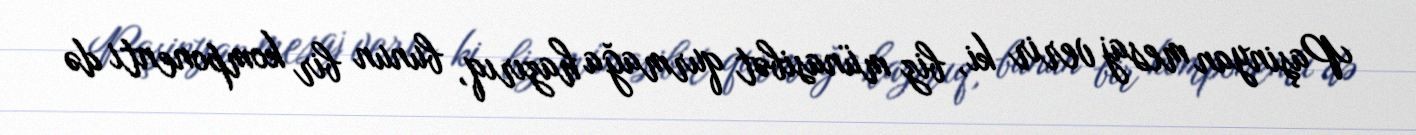
Paşinyan mesaj verir ki, biz münasibət qurmağa hazırıq, bunun bir komponenti də